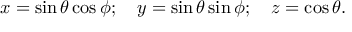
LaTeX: x = \sin \theta \cos \phi ; \quad y = \sin \theta \sin \phi ; \quad z = \cos \theta .